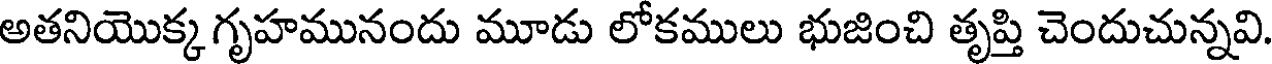
అతనియొక్క గృహమునందు మూడు లోకములు భుజించి తృప్తి చెందుచున్నవి